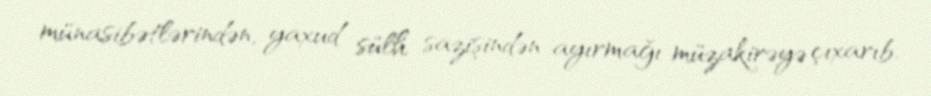
münasibətlərindən, yaxud sülh sazişindən ayırmağı müzakirəyə çıxarıb.